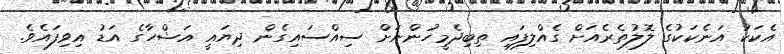
އެކަކު އަނެކަކުގެ ލޮލުތެރެއަށް ގެއްލިފައި ތިބިދެމީހުންނަށް ސިއްސައިގެން ދިޔައީ އަޝްހާގެ އަޑު އިވިފައެވެ.